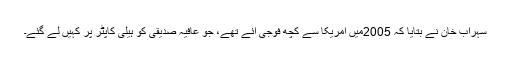
سہراب خان نے بتایا کہ 2005میں امریکا سے کچھ فوجی آئے تھے، جو عافیہ صدیقی کو ہیلی کاپٹر پر کہیں لے گئے۔